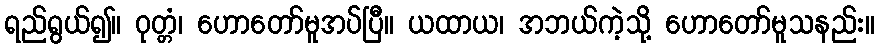
ရည်ရွယ်၍။ ဝုတ္တံ၊ ဟောတော်မူအပ်ပြီ။ ယထာယ၊ အဘယ်ကဲ့သို့ ဟောတော်မူသနည်း။